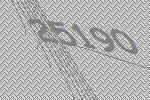
25190